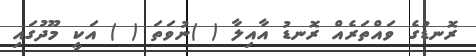
ރޮނޑުގެ ވައްތަރެއް ރޮނޑު އާއިލާ ( )ނުވަތަ ( ) އަކީ މޫދުގައި